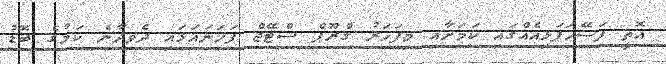
އޮތީ ފަސޭހަފަޅިއެއްގައި ކަމަށާއި މިފަހަރު ގްރޫޕް ސްޓޭޖް ފަހަނައަޅައި ދެވިދާނެ ކަމުގެ ބޮޑު